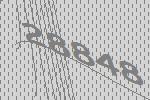
28848